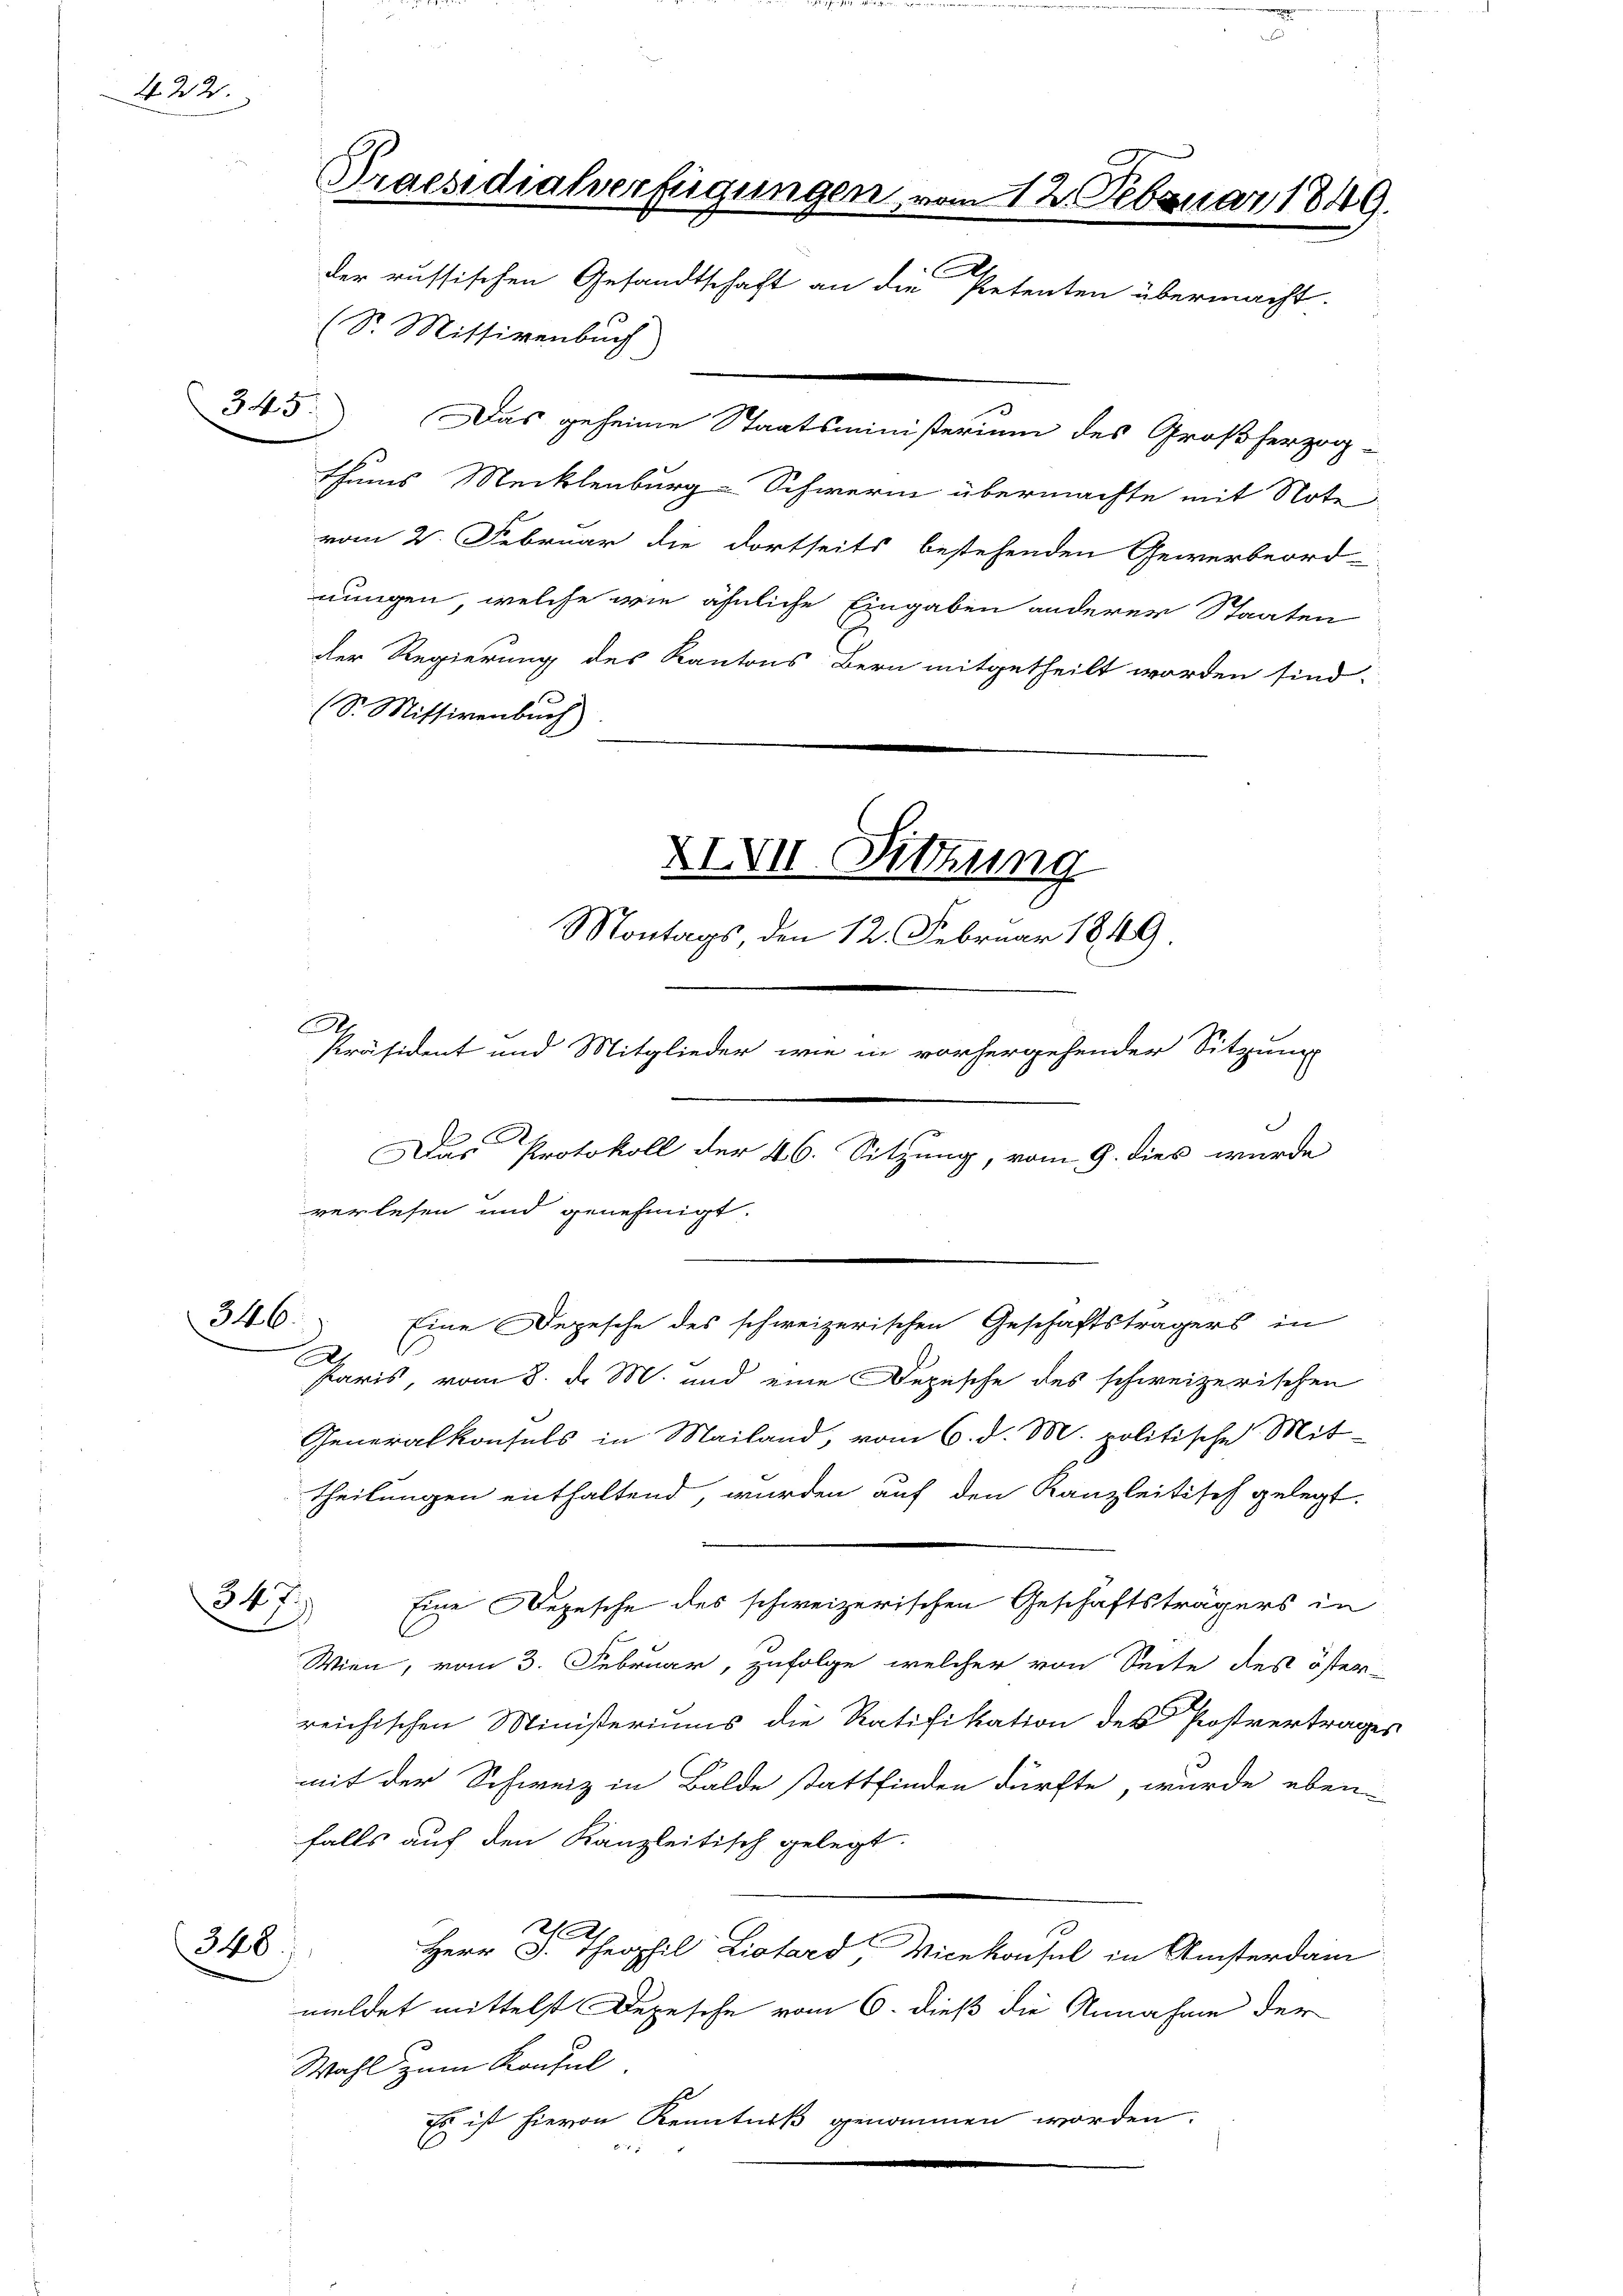
422.

347.
.

345.

Praesidialverfügungen, vom 12. Februar 1849.
x
der russischen Gesandtschaft an die Petenten übermacht.
(Sr. Missivenbuch
.

vom 2. Februar die dortseits bestehenden Gewerbeord-
nungen, welche wie ähnliche Eingaben anderer Staaten
der Regierung des Kantons Bern mitgetheilt worden sind.
(S. Missivenbuch)
XXVII. Sitzung

Montags, den 12. Februar 1849
Präsident und Mitglieder wie in vorhergehender Sitzung

R.
verlesen und genehmigt.

Das geheime Staatsministerium des Großherzog-
thums Mecklenburg-Schweren übermachte mit Note

Das Protokoll der 46. Sitzung, vom 9. dies wurde
346. Eine Depesche des schweizerischen Geschäftsträgers in
Paris, vom 8. d. M. und eine Depesche des schweizerischen
Generalkonsuls in Mailand, vom 6. d. M. politische Mit-

theilungen enthaltend, wurden auf den Kanzleitisch gelegt.
Eine Depesche des schweizerischen Geschäftsträgers in
Wien, vom 3. Februar, zufolge, welcher von Seite des öster-
reichischen Ministeriums die Ratifikation des Postvertrages
mit der Schweiz in Balde stattfinden dürfte, wurde eben
falls auf den Kanzleitisch gelegt.
2
348)
Herr J. Theophil Liotard Vicekonsul in Ansterdam
meldet mittelst Depesche vom 6. dieß die Annahme der
Wahl zum Konsul
Es ist hievon Kenntniß genommen worden.
A